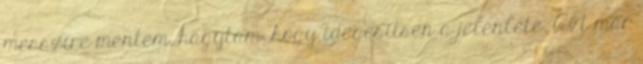
messzire mentem. hagytam, hogy idegesítsen a jelenléte. Azt már